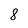
Character: 8